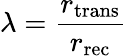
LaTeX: \lambda=\frac{r_{\mathrm{trans}}}{r_{\mathrm{rec}}}